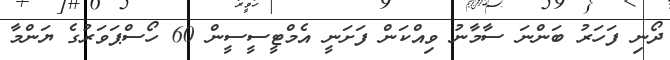
ދޯނި ފަހަރު ބަންނަ ސާމާނު ވިއްކަން ފަށަނީ އެމްޓީސީސީން 60 ހޯސްޕަވަރުގެ ޔަންމާ